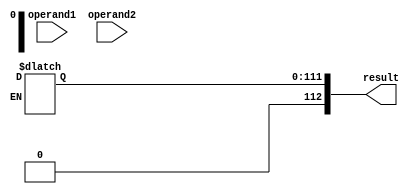
module QuadPrecisionAddition (
    input [112:0] operand1,
    input [112:0] operand2,
    output reg [112:0] result
);

reg [112:0] mantissa1, mantissa2;
reg [15:0] exponent1, exponent2, exponent_diff;
reg sign1, sign2, carry;
reg [112:0] temp_result;

assign mantissa1 = operand1[111:0];
assign mantissa2 = operand2[111:0];
assign exponent1 = operand1[127:112];
assign exponent2 = operand2[127:112];
assign sign1 = operand1[127];
assign sign2 = operand2[127];

always @ (*) begin
    if (exponent1 > exponent2) begin
        exponent_diff = exponent1 - exponent2;
        mantissa2 = {1'b1, mantissa2} >> exponent_diff;
    end else if (exponent2 > exponent1) begin
        exponent_diff = exponent2 - exponent1;
        mantissa1 = {1'b1, mantissa1} >> exponent_diff;
    end
end

always @ (*) begin
    if (sign1 == sign2) begin
        temp_result = {mantissa1 + mantissa2[112], mantissa2[111:0]};
        carry = temp_result[113];
    end else begin
        temp_result = {mantissa1, mantissa2};
        carry = 1'b0;
    end
end

always @ (*) begin
    if (carry && (mantissa1 != mantissa2)) begin
        result = {temp_result[113], temp_result[112:1] + 1'b1};
    end else begin
        result = temp_result[112:0];
    end
end

endmodule